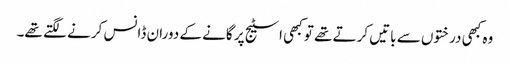
وہ کبھی درختوں سے باتیں کرتے تھے تو کبھی اسٹیج پر گانے کے دوران ڈانس کرنے لگتے تھے۔